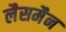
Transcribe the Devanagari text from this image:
लैसमैन